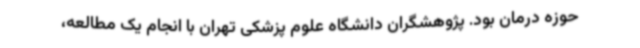
حوزه درمان بود. پژوهشگران دانشگاه علوم پزشکی تهران با انجام یک مطالعه،